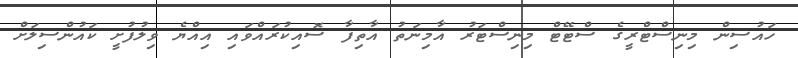
ހައުސިން މިނިސްޓްރީގެ ސްޓޭޓް މިނިސްޓަރު އާމިނަތު އާތިފާ ސޮއިކުރައްވައި އިއްޔެ ވިލުފުށީ ކައުންސިލަށް